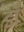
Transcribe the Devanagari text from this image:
डॉ